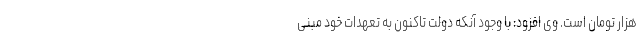
هزار تومان است. وی افزود: با وجود آنکه دولت تاکنون به تعهدات خود مبنی